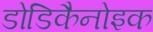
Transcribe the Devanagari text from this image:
डोडिकैनोइक